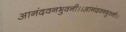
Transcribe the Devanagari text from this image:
आनंदवनभुवनी।।आनंदवनभुवनी।।